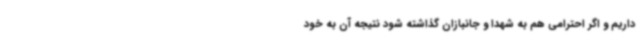
داریم و اگر احترامی هم به شهدا و جانبازان گذاشته شود نتیجه آن به خود